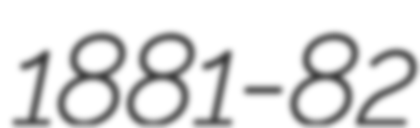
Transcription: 1881-82